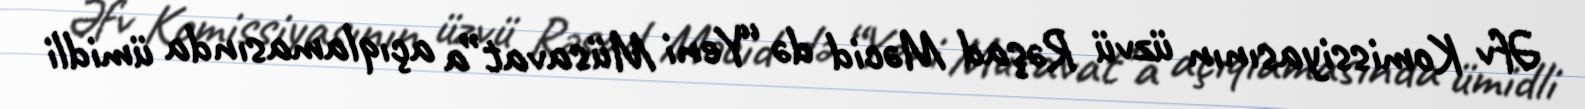
Əfv Komissiyasının üzvü Rəşad Məcid də “Yeni Müsavat”a açıqlamasında ümidli